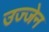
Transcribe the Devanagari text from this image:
उज्‍जेन